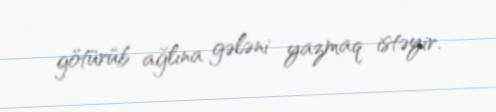
götürüb ağlına gələni yazmaq istəyir.